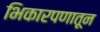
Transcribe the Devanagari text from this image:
भिकारपणातून